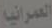
العمرانية